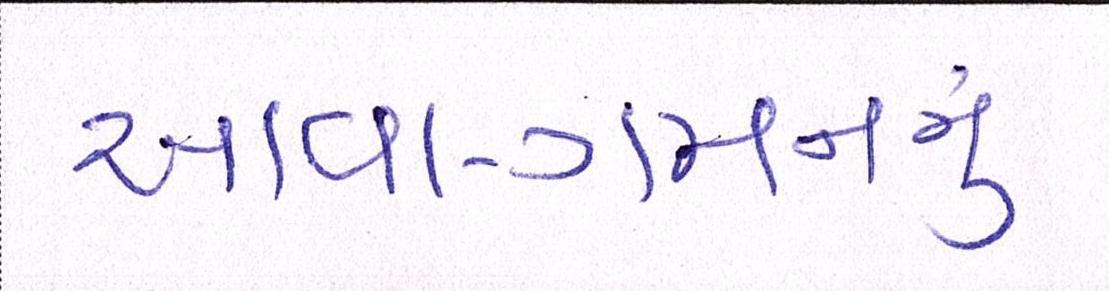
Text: આવા-ગમનનું